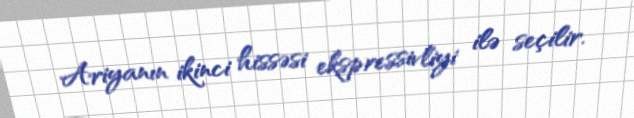
Ariyanın ikinci hissəsi ekspressivliyi ilə seçilir.